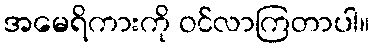
အမေရိကားကို ဝင်လာကြတာပါ။